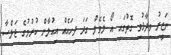
ނަޒީރު ވިދާޅުވި ގޮތުގައި އޯ ލެވެލް ގަދަ ދިހައެއް އިއުލާން ކުރުމުގެ ޖަލްސާ